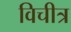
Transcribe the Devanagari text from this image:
विचीत्र